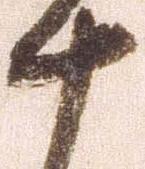
十